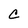
Character: C